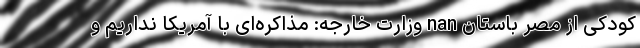
کودکی از مصر باستان nan وزارت خارجه: مذاکره‌ای با آمریکا نداریم و